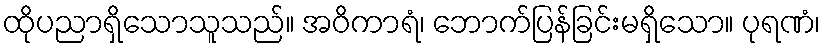
ထိုပညာရှိသောသူသည်။ အဝိကာရံ၊ ဘောက်ပြန်ခြင်းမရှိသော။ ပုရဏံ၊